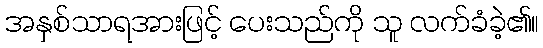
အနှစ်သာရအားဖြင့် ပေးသည်ကို သူ လက်ခံခဲ့၏။